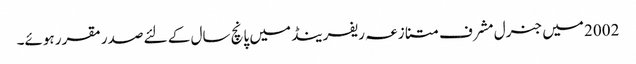
2002 میں جنرل مشرف متنازعہ ریفرینڈ میں پانچ سال کے لئے صدر مقرر ہوئے۔